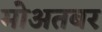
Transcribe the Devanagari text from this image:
मोअतबर